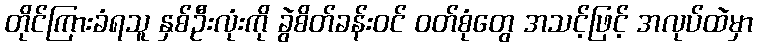
တိုင်ကြားခံရသူ နှစ်ဦးလုံးကို ခွဲစိတ်ခန်းဝင် ဝတ်စုံတွေ အသင့်ဖြင့် အလုပ်ထဲမှာ